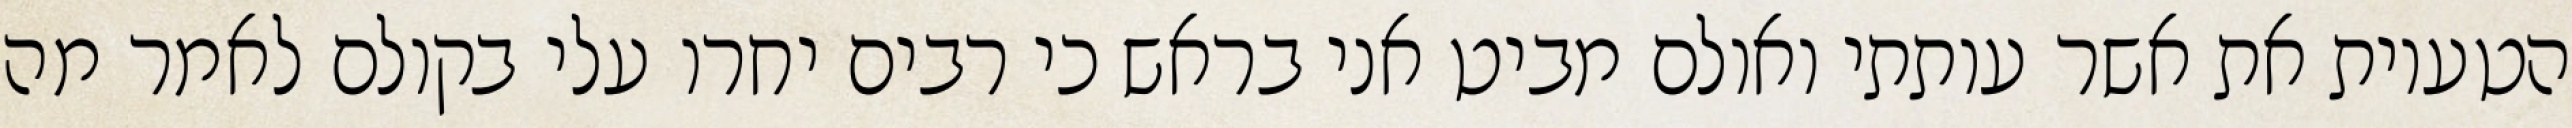
הטעיות את אשר עותתי ואולם מביט אני בראש כי רבים יחרו עלי בקולם לאמר מה